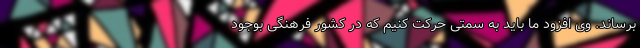
برساند. وی افزود ما باید به سمتی حرکت کنیم که در کشور فرهنگی بوجود